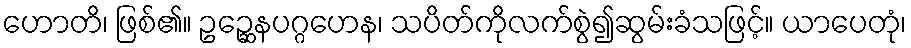
ဟောတိ၊ ဖြစ်၏။ ဥဉ္ဆေနပဂ္ဂဟေန၊ သပိတ်ကိုလက်စွဲ၍ဆွမ်းခံသဖြင့်။ ယာပေတုံ၊